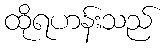
ထိုရဟန်းသည်